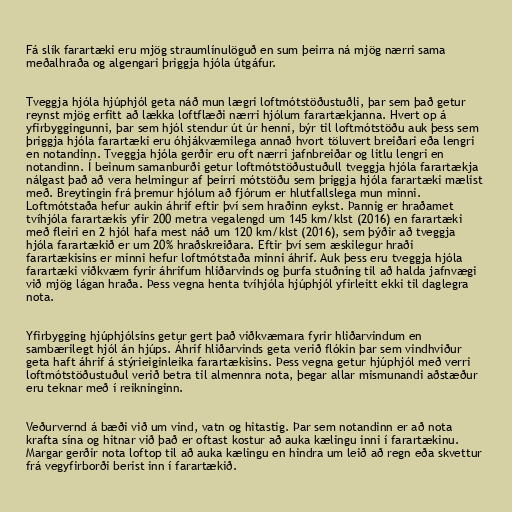
Fá slík farartæki eru mjög straumlínulöguð en sum þeirra ná mjög nærri sama
meðalhraða og algengari þriggja hjóla útgáfur.

Tveggja hjóla hjúphjól geta náð mun lægri loftmótstöðustuðli, þar sem það getur
reynst mjög erfitt að lækka loftflæði nærri hjólum farartækjanna. Hvert op á
yfirbyggingunni, þar sem hjól stendur út úr henni, býr til loftmótstöðu auk þess sem
þriggja hjóla farartæki eru óhjákvæmilega annað hvort töluvert breiðari eða lengri
en notandinn. Tveggja hjóla gerðir eru oft nærri jafnbreiðar og litlu lengri en
notandinn. Í beinum samanburði getur loftmótstöðustuðull tveggja hjóla farartækja
nálgast það að vera helmingur af þeirri mótstöðu sem þriggja hjóla farartæki mælist
með. Breytingin frá þremur hjólum að fjórum er hlutfallslega mun minni.
Loftmótstaða hefur aukin áhrif eftir því sem hraðinn eykst. Þannig er hraðamet
tvíhjóla farartækis yfir 200 metra vegalengd um 145 km/klst (2016) en farartæki
með fleiri en 2 hjól hafa mest náð um 120 km/klst (2016), sem þýðir að tveggja
hjóla farartækið er um 20% hraðskreiðara. Eftir því sem æskilegur hraði
farartækisins er minni hefur loftmótstaða minni áhrif. Auk þess eru tveggja hjóla
farartæki viðkvæm fyrir áhrifum hliðarvinds og þurfa stuðning til að halda jafnvægi
við mjög lágan hraða. Þess vegna henta tvíhjóla hjúphjól yfirleitt ekki til daglegra
nota.

Yfirbygging hjúphjólsins getur gert það viðkvæmara fyrir hliðarvindum en
sambærilegt hjól án hjúps. Áhrif hliðarvinds geta verið flókin þar sem vindhviður
geta haft áhrif á stýrieiginleika farartækisins. Þess vegna getur hjúphjól með verri
loftmótstöðustuðul verið betra til almennra nota, þegar allar mismunandi aðstæður
eru teknar með í reikninginn.

Veðurvernd á bæði við um vind, vatn og hitastig. Þar sem notandinn er að nota
krafta sína og hitnar við það er oftast kostur að auka kælingu inni í farartækinu.
Margar gerðir nota loftop til að auka kælingu en hindra um leið að regn eða skvettur
frá vegyfirborði berist inn í farartækið.